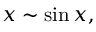
x \sim \sin x ,